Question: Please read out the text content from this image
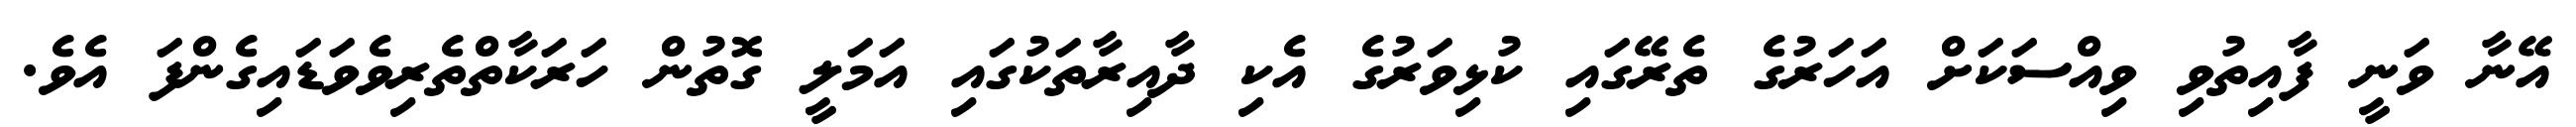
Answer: އޭނާ ވަނީ ފާއިތުވި ވިއްސަކަށް އަހަރުގެ ތެރޭގައި ކުޅިވަރުގެ އެކި ދާއިރާތަކުގައި އަމަލީ ގޮތުން ހަރަކާތްތެރިވެވަޑައިގެންފަ އެވެ.